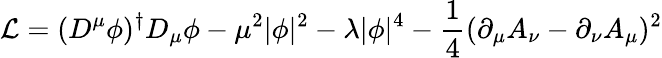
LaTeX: {\cal L}=(D^{\mu}\phi)^{\dagger}D_{\mu}\phi-\mu^{2}|\phi|^{2}-\lambda|\phi|^{4}-\frac{1}{4}(\partial_{\mu}A_{\nu}-\partial_{\nu}A_{\mu})^{2}